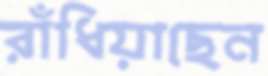
রাঁধিয়াছেন